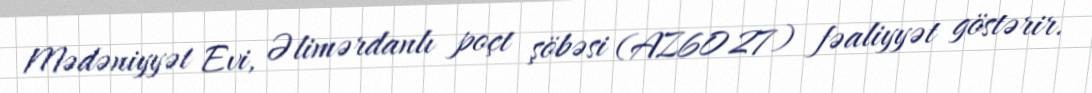
Mədəniyyət Evi, Əlimərdanlı poçt şöbəsi (AZ6027) fəaliyyət göstərir.